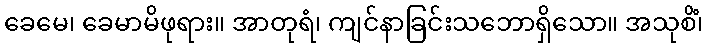
ခေမေ၊ ခေမာမိဖုရား။ အာတုရံ၊ ကျင်နာခြင်းသဘောရှိသော။ အသုစိံ၊